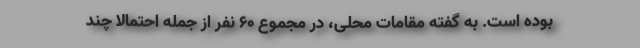
بوده است. به گفته مقامات محلی، در مجموع ۶۰ نفر از جمله احتمالا چند